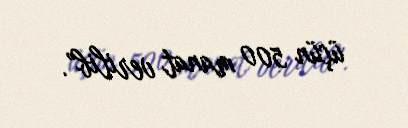
üçün 500 manat verilib”.